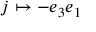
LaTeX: j \mapsto - e _ { 3 } e _ { 1 }